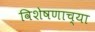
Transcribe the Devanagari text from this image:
विशेषणाच्या